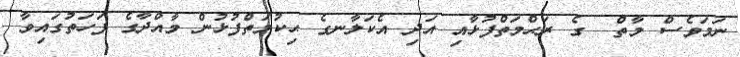
ނަމަވެސް މާތް  ގެ ރަޙްމަތްފުޅާއި އަދި އެކަލާނގެ ޙިކުމަތްފުޅުން މާއްދާގެ ފަހަތުގައިވާ